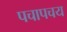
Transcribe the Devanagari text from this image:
पचापचय